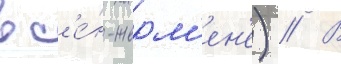
в с'е́н-жерм'ен'е) // В